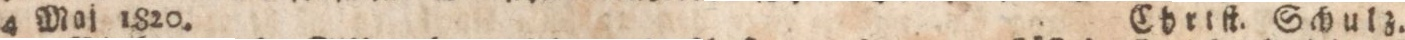
4 Maj 1820.    Chriſt Schulz.